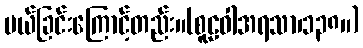
ပယ်ခြင်းကြောင့်တည်း။(စူဠဝါအရသာ၊၁၃၈။)